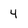
Character: 4